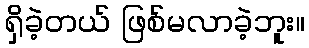
ရှိခဲ့တယ် ဖြစ်မလာခဲ့ဘူး။